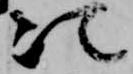
次